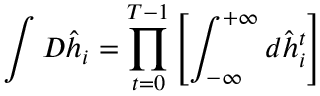
\int D \hat { \boldsymbol { h } } _ { i } = \prod _ { t = 0 } ^ { T - 1 } \left[ \int _ { - \infty } ^ { + \infty } d \hat { h } _ { i } ^ { t } \right]